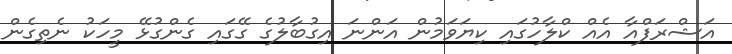
އަޝްރަފްއާ އެއް ކްލާހުގައި ކިޔަވަމުން އަންނަ އިގުބާލުގެ ގޭގައި ގެންގުޅޭ މީހަކު ނެތިގެން